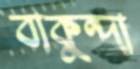
বাকুন্দা